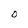
Character: O